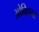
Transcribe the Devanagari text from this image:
ओविकार